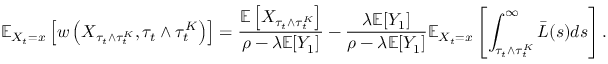
\mathbb { E } _ { X _ { t } = x } \left[ w \left( X _ { \tau _ { t } \wedge \tau _ { t } ^ { K } } , \tau _ { t } \wedge \tau _ { t } ^ { K } \right) \right] = \frac { \mathbb { E } \left[ X _ { \tau _ { t } \wedge \tau _ { t } ^ { K } } \right] } { \rho - \lambda \mathbb { E } [ Y _ { 1 } ] } - \frac { \lambda \mathbb { E } [ Y _ { 1 } ] } { \rho - \lambda \mathbb { E } [ Y _ { 1 } ] } \mathbb { E } _ { X _ { t } = x } \left[ \int _ { \tau _ { t } \wedge \tau _ { t } ^ { K } } ^ { \infty } \bar { L } ( s ) d s \right] .